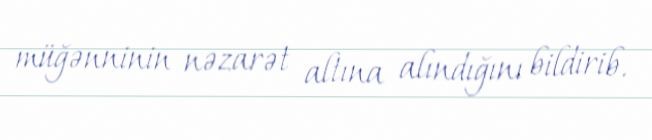
müğənninin nəzarət altına alındığını bildirib.